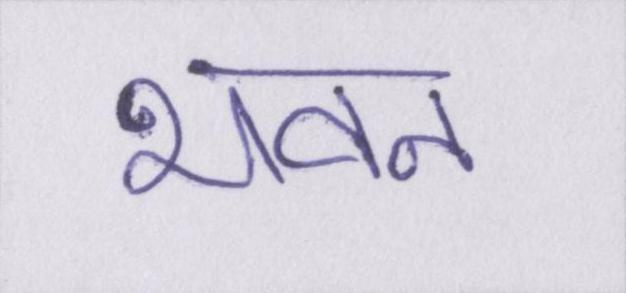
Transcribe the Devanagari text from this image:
भवन